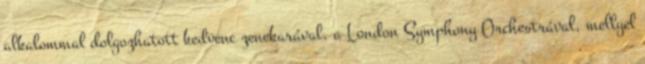
alkalommal dolgozhatott kedvenc zenekarával, a London Symphony Orchestrával, mellyel